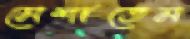
মেশাতেম